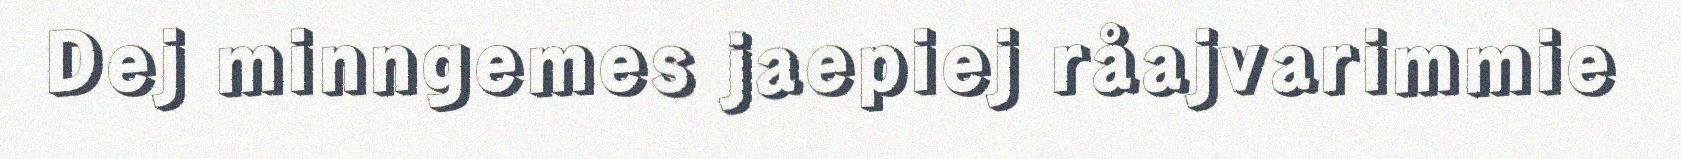
Dej minngemes jaepiej råajvarimmie